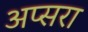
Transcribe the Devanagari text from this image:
अप्‍सरा